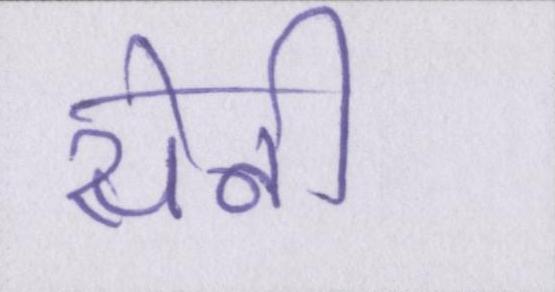
सेनी